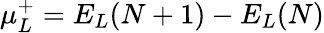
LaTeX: \mu_{L}^{+}=E_{L}(N+1)-E_{L}(N)